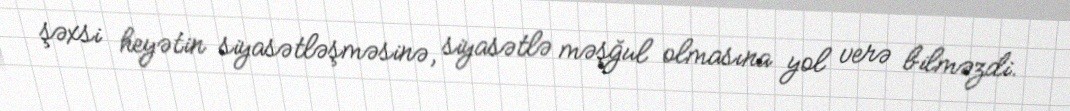
şəxsi heyətin siyasətləşməsinə, siyasətlə məşğul olmasına yol verə bilməzdi.